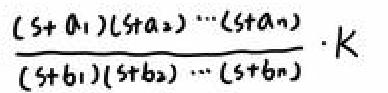
\[
\frac{(s + a_1)(s + a_2)\cdots(s + a_n)}{(s + b_1)(s + b_2)\cdots(s + b_n)}\cdot K
\]